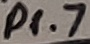
Text: P1.7